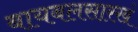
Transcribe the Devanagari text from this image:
बायबलसारखं